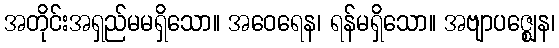
အတိုင်းအရှည်မမရှိသော။ အဝေရေန၊ ရန်မရှိသော။ အဗျာပဇ္ဈေန၊